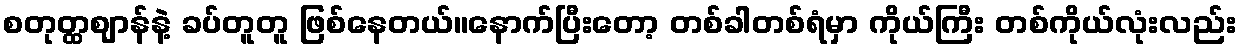
စတုတ္ထဈာန်နဲ့ ခပ်တူတူ ဖြစ်နေတယ်။နောက်ပြီးတော့ တစ်ခါတစ်ရံမှာ ကိုယ်ကြီး တစ်ကိုယ်လုံးလည်း